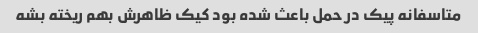
متاسفانه پیک در حمل باعث شده بود کیک ظاهرش بهم ریخته بشه